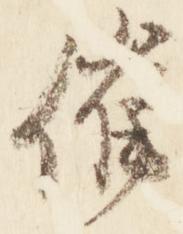
催